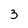
Character: 3